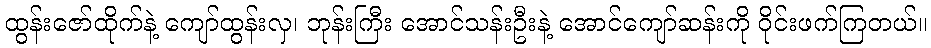
ထွန်းဇော်ထိုက်နဲ့ ကျော်ထွန်းလှ၊ ဘုန်းကြီး အောင်သန်းဦးနဲ့ အောင်ကျော်ဆန်းကို ဝိုင်းဖက်ကြတယ်။